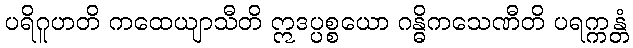
ပရိဂူဟတိ ကထေယျာသီတိ ဣဒပ္ပစ္စယော ဂန္ဓိကသေဏီတိ ပရက္ကန္တံ